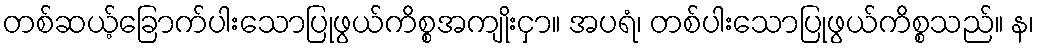
တစ်ဆယ့်ခြောက်ပါးသောပြုဖွယ်ကိစ္စအကျိုးငှာ။ အပရံ၊ တစ်ပါးသောပြုဖွယ်ကိစ္စသည်။ န၊